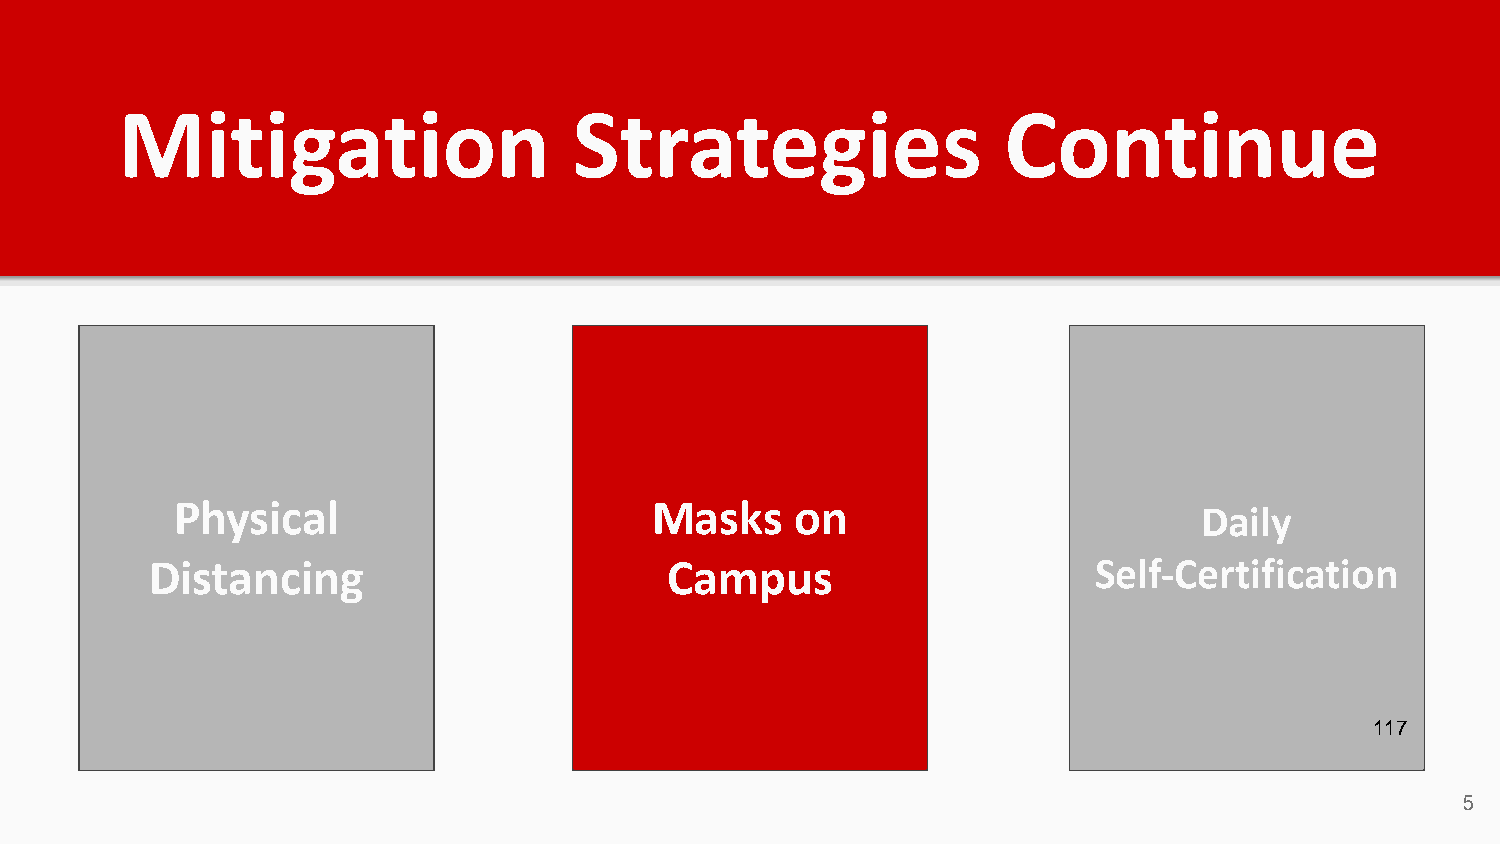
Mitigation                    Strategies                  Continue
 Physical                       Masks     on                         Daily
 Distancing                        Campus                       Self-Certification
 117
 5